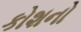
કોશનો